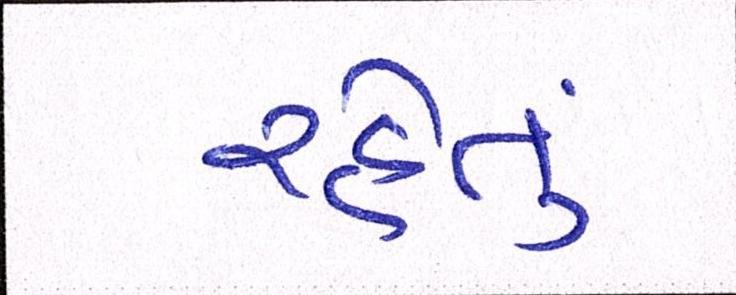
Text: રહેતું